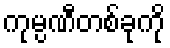
ကုမ္ပဏီတစ်ခုကို